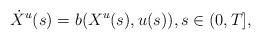
LaTeX: \begin{align*}\dot{X}^u(s)=b(X^u{(s)},u(s)),s\in(0,T],\end{align*}